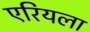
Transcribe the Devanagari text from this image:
एरियला